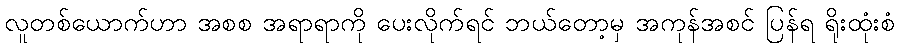
လူတစ်ယောက်ဟာ အစစ အရာရာကို ပေးလိုက်ရင် ဘယ်တော့မှ အကုန်အစင် ပြန်ရ ရိုးထုံးစံ